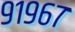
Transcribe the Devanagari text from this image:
९१९६७